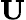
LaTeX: \boldsymbol{\mathrm{U}}